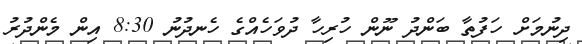
ދިނުމަށް ހަފުތާ ބަންދު ނޫން ހުރިހާ ދުވަހެއްގެ ހެނދުނު 8:30 އިން މެންދުރު